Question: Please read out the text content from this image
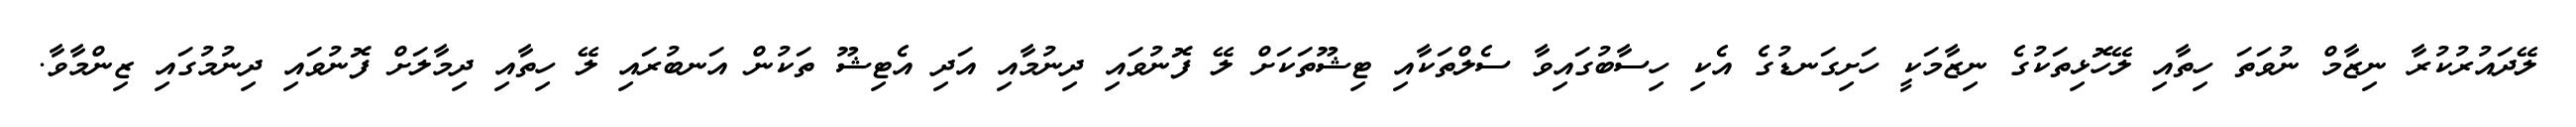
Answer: ލޭދައުރުކުރާ ނިޒާމް ނުވަތަ ހިތާއި ލޭހޮޅިތަކުގެ ނިޒާމަކީ ހަށިގަނޑުގެ އެކި ހިސާބުގައިވާ ސެލްތަކާއި ޓިޝޫތަކަށް ލޭ ފޮނުވައި ދިނުމާއި އަދި އެޓިޝޫ ތަކުން އަނބުރައި ލޭ ހިތާއި ދިމާލަށް ފޮނުވައި ދިނުމުގައި ޒިންމާވާ.